Reports on dispensaries and lunatic asylums in the Province of Oudh - 1869-1876
Year: 1869
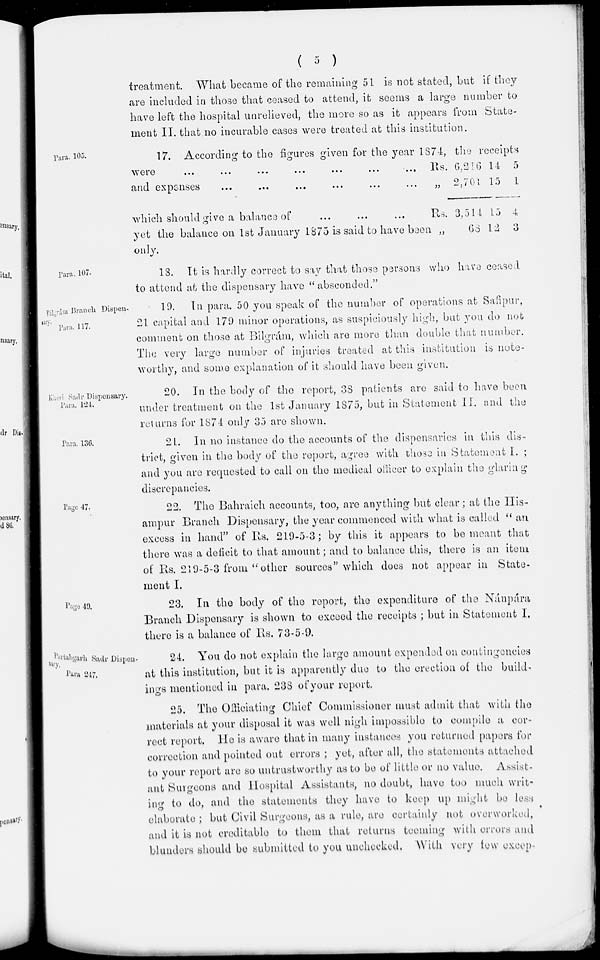
( 5 )
treatment. What became of the remaining 51 is not stated, but if they
are included in those that ceased to attend, it seems a large number to
have left the hospital unrelieved, the more so as it appears from State-
ment II. that no incurable cases were treated at this institution.
Para. 105.
17. According to the figures given for the year 1874, the receipts
were ... ... ... ... ... ... ...
and expenses ... ... ... ... ... ...
Rs.
„
6,216
2,701
14
15
5
1
which should give a balance of ... ... ...
yet the balance on 1st January 1875 is said to have been
only.
Rs.
„
3,514
68
15
12
4
3
Para. 107.
13. It is hardly correct to say that those persons who have ceased
to attend at the dispensary have "absconded."
Bilgrám Branch Dispensary
Para. 117.
19. In para. 50 you speak of the number of operations at Safipur,
21 capital and 179 minor operations, as suspiciously high, but you do not
comment on those at Bilgrám, which are more than double that number.
The very large number of injuries treated at this institution is note-
worthy, and some explanation of it should have been given.
Kheri Sadr Dispensary.
Para. 124.
20. In the body of the report, 38 patients are said to have been
under treatment on the 1st January 1875, but in Statement II. and the
returns for 1874 only 35 are shown.
Para. 136.
21. In no instance do the accounts of the dispensaries in this dis-
trict, given in the body of the report, agree with those in Statement I. ;
and you are requested to call on the medical officer to explain the glaring
discrepancies.
Page 47.
22. The Bahraich accounts, too, are anything but clear; at the His-
ampur Branch Dispensary, the year commenced with what is called "an
excess in hand" of Rs. 219-5-3; by this it appears to be meant that
there was a deficit to that amount; and to balance this, there is an item
of Rs. 219-5-3 from "other sources" which does not appear in State-
ment I.
Page 49.
23. In the body of the report, the expenditure of the Nánpára
Branch Dispensary is shown to exceed the receipts; but in Statement I.
there is a balance of Rs. 73-5-9.
Partabgarh Sadr Dispen-
sary
Para. 247.
24. You do not explain the large amount expended on contingencies
at this institution, but it is apparently due to the erection of the build-
ings mentioned in para. 238 of your report.
25. The Officiating Chief Commissioner must admit that with the
materials at your disposal it was well high impossible to compile a cor-
rect report. He is aware that in many instances you returned papers for
correction and pointed out errors ; yet, after all, the statements attached
to your report are so untrustworthy as to be of little or no value. Assist-
ant Surgeons and Hospital Assistants, no doubt, have too much writ-
ing to do, and the statements they have to keep up might be less
elaborate ; but Civil Surgeons, as a rule, are certainly not overworked,
and it is not creditable to them that returns teeming with errors and
blunders should be submitted to you unchecked. With very few excep-